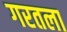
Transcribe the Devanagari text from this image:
गरतला